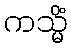
ကသ္မိံ